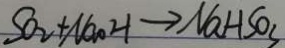
S O _ { 2 } + N a O H \rightarrow N a H S O _ { 3 }